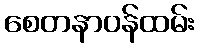
စေတနာဝန်ထမ်း